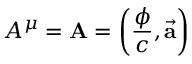
A ^ { \mu } = \mathbf { A } = \left( { \frac { \phi } { c } } , { \vec { \mathbf { a } } } \right)